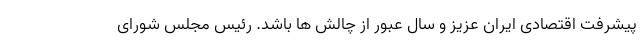
پیشرفت اقتصادی ایران عزیز و سال عبور از چالش ها باشد. رئیس مجلس شورای